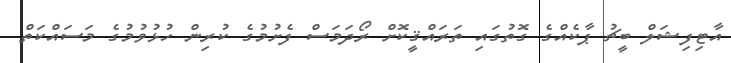
އާޓިފިޝަލް ބީޗު ޕާކެއްގެ ގޮތުގައި ތަރައްޤީކޮށް ރޯދަމަސް ފެށުމުގެ ކުރިން ހުޅުވުމުގެ މަސައްކަތް